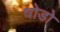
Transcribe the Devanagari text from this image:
धोडो